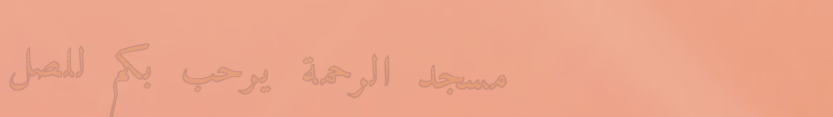
مسجد الرحمة يرحب بكم للصل